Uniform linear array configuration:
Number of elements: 24
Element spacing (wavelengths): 0.75
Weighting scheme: blackman
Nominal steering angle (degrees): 45
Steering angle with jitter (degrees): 43.505
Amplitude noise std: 0.05
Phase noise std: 0.05

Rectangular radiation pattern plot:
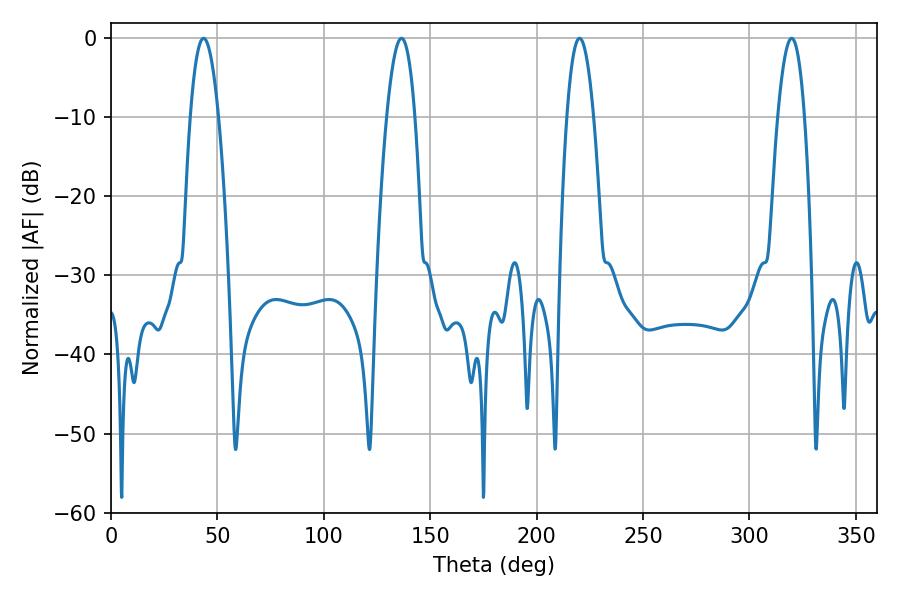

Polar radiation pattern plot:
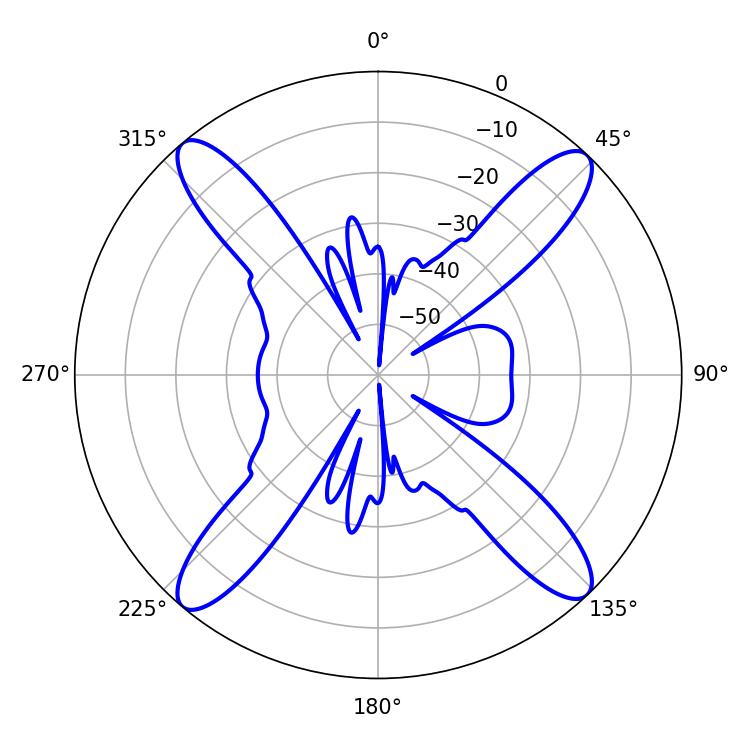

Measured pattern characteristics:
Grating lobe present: TRUE
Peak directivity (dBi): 19.77
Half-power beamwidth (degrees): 7.02
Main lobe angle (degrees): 220.14